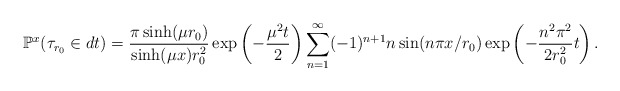
\begin{align*}\mathbb{P}^x(\tau_{r_0} \in dt) =\frac{\pi \sinh(\mu r_0)}{\sinh(\mu x) r_0^2} \exp\left(-\frac{\mu^2 t}{2} \right) \sum_{n=1}^\infty (-1)^{n+1} n \sin(n \pi x /r_0) \exp\left(-\frac{n^2 \pi^2 }{2r_0^2} t \right).\end{align*}